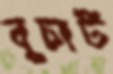
বুচার্ট